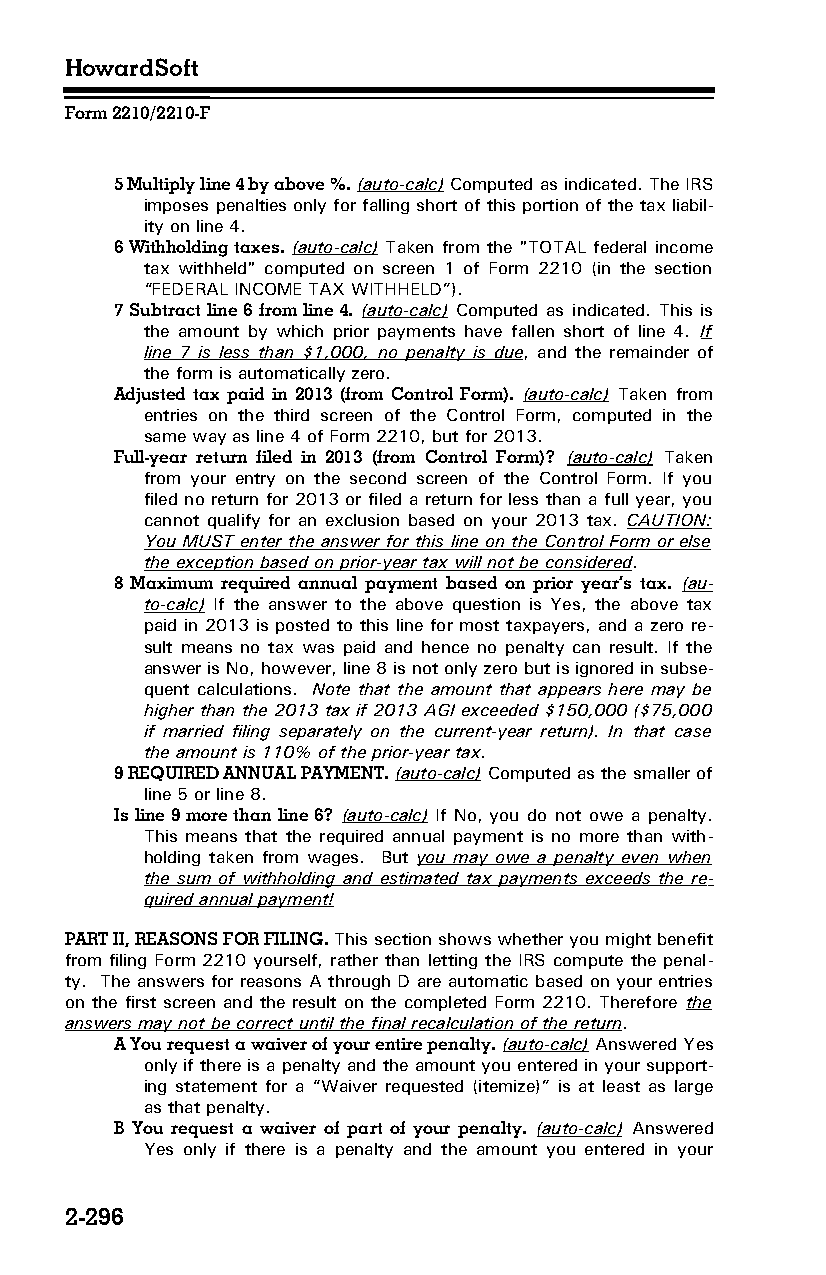
HowardSoft
 Form 2210/2210-F
 5 Multiply line 4 by above %. (auto-calc) Computed as indicated. The IRS
 imposes penalties only for falling short of this portion of the tax liabil­
 ity on line 4.
 6 Withholding taxes. (auto-calc) Taken from the "TOTAL federal income
 tax withheld" computed on screen 1 of Form 2210 (in the section
 “FEDERAL INCOME TAX WITHHELD”).
 7 Subtract line 6 from line 4. (auto-calc) Computed as indicated. This is
 the amount by which prior payments have fallen short of line 4. If
 line 7 is less than $1,000, no penalty is due, and the remainder of
 the form is automatically zero.
 Adjusted tax paid in 2013 (from Control Form). (auto-calc) Taken from
 entries on the third screen of the Control Form, computed in the
 same way as line 4 of Form 2210, but for 2013.
 Full-year return filed in 2013 (from Control Form)? (auto-calc) Taken
 from your entry on the second screen of the Control Form. If you
 filed no return for 2013 or filed a return for less than a full year, you
 cannot qualify for an exclusion based on your 2013 tax. CAUTION:
 You MUST enter the answer for this line on the Control Form or else
 the exception based on prior-year tax will not be considered.
 8 Maximum required annual payment based on prior year’s tax. (au­
 to-calc) If the answer to the above question is Yes, the above tax
 paid in 2013 is posted to this line for most taxpayers, and a zero re­
 sult means no tax was paid and hence no penalty can result. If the
 answer is No, however, line 8 is not only zero but is ignored in subse­
 quent calculations. Note that the amount that appears here may be
 higher than the 2013 tax if 2013 AGI exceeded $150,000 ($75,000
 if married filing separately on the current-year return). In that case
 the amount is 110% of the prior-year tax.
 9 REQUIRED ANNUAL PAYMENT. (auto-calc) Computed as the smaller of
 line 5 or line 8.
 Is line 9 more than line 6? (auto-calc) If No, you do not owe a penalty.
 This means that the required annual payment is no more than with­
 holding taken from wages. But you may owe a penalty even when
 the sum of withholding and estimated tax payments exceeds the re­
 quired annual payment!
 PART II, REASONS FOR FILING. This section shows whether you might benefit
 from filing Form 2210 yourself, rather than letting the IRS compute the penal­
 ty. The answers for reasons A through D are automatic based on your entries
 on the first screen and the result on the completed Form 2210. Therefore the
 answers may not be correct until the final recalculation of the return.
 A You request a waiver of your entire penalty. (auto-calc) Answered Yes
 only if there is a penalty and the amount you entered in your support­
 ing statement for a “Waiver requested (itemize)” is at least as large
 as that penalty.
 B You request a waiver of part of your penalty. (auto-calc) Answered
 Yes only if there is a penalty and the amount you entered in your
 2-296